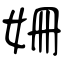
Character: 姗